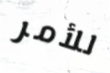
للأمر